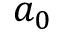
a _ { 0 }